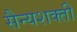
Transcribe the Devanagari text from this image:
सैन्यशक्ती